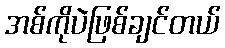
အစ်ကိုပဲဖြစ်ချင်တယ်